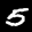
Label: 5